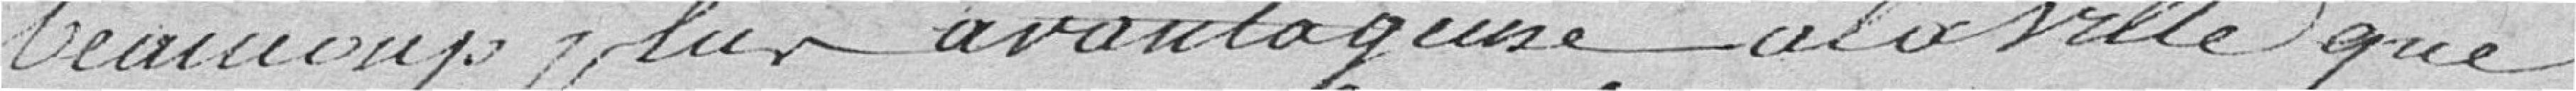
beaucoup plus avantageuse à la Ville que